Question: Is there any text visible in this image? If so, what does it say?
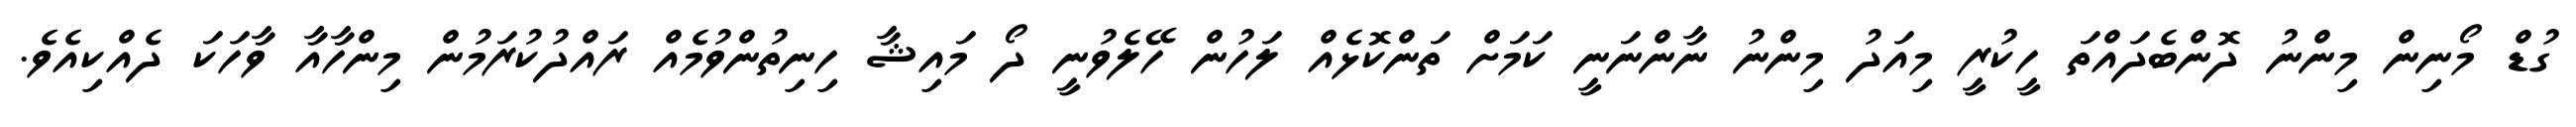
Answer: ގުޑް މޯނިން މިންނު ދޮންބެދައްތަ ހީކުރީ މިއަދު މިންނު ނާންނަނީ ކަމަށް ތަންކޮޅެއް ލަހުން ހޭލެވުނީ ދޯ މައިޝާ ހިނިތުންވުމެއް ރައްދުކުރަމުން މިންހާއާ ވާހަކަ ދެއްކިއެވެ.